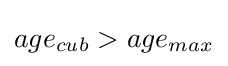
age_{cub}>age_{max}